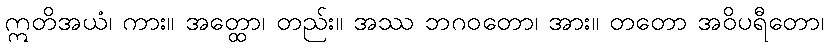
ဣတိအယံ၊ ကား။ အတ္ထော၊ တည်း။ အဿ ဘဂဝတော၊ အား။ တတော အဝိပရီတော၊